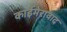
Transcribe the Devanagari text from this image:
काईमेरावाद